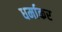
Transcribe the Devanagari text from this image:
धर्माकर